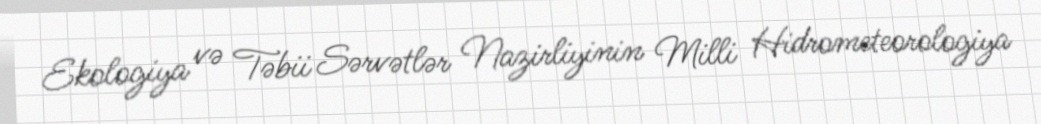
Ekologiya və Təbii Sərvətlər Nazirliyinin Milli Hidrometeorologiya